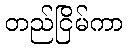
တည်ငြိမ်ကာ